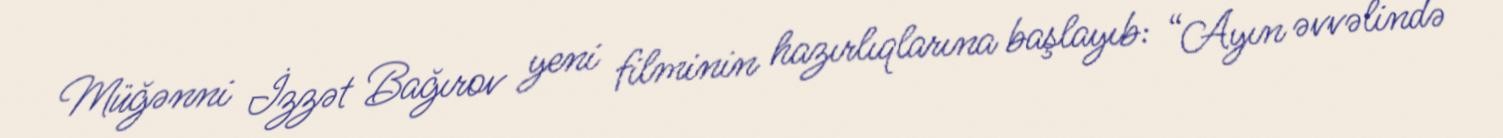
Müğənni İzzət Bağırov yeni filminin hazırlıqlarına başlayıb: “Ayın əvvəlində